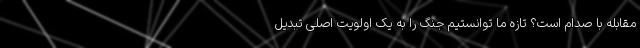
مقابله با صدام است؟ تازه ما توانستیم جنگ را به یک اولویت اصلی تبدیل